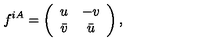
f ^ { i A } = \left( \begin{array} { c c } { u } & { - v } \\ { \bar { v } } & { \bar { u } } \\ \end{array} \right) ,